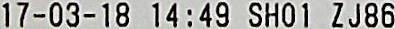
17-03-18 14:49 SHO1 ZJ86